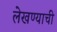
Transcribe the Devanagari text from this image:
लेखण्याची